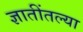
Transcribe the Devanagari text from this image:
ज्ञातींतल्या